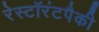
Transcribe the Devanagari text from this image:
रेस्टॉरंटपैकी